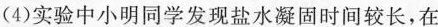
(4)实验中小明同学发现盐水凝固时间较长，在